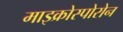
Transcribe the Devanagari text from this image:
माइक्रोस्पोरोन